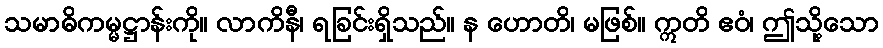
သမာဓိကမ္မဋ္ဌာန်းကို။ လာကိနီ၊ ရခြင်းရှိသည်။ န ဟောတိ၊ မဖြစ်။ ဣတိ ဧဝံ၊ ဤသို့သော